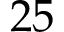
2 5